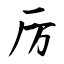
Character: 厉